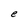
Character: e